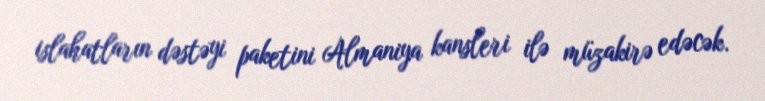
islahatların dəstəyi paketini Almaniya kansleri ilə müzakirə edəcək.